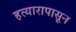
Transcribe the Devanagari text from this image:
हत्यारापासून